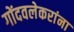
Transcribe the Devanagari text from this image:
गोंदवलेकरांना